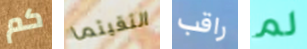
كم التقيتما راقب لم